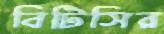
বিটিসির